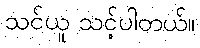
သင်ယူ သင့်ပါတယ်။